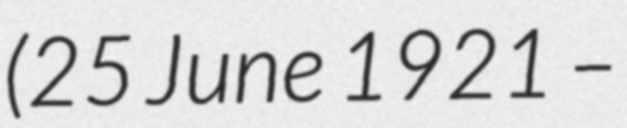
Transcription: (25 June 1921 –